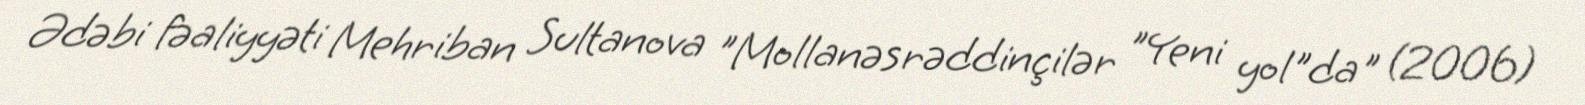
Ədəbi fəaliyyəti Mehriban Sultanova "Mollanəsrəddinçilər "Yeni yol"da" (2006)